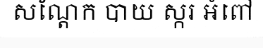
សណ្តែក បាយ ស្ករ អំពៅ